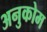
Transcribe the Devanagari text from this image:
अनुकोम